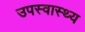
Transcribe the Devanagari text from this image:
उपस्‍वास्‍थ्‍य